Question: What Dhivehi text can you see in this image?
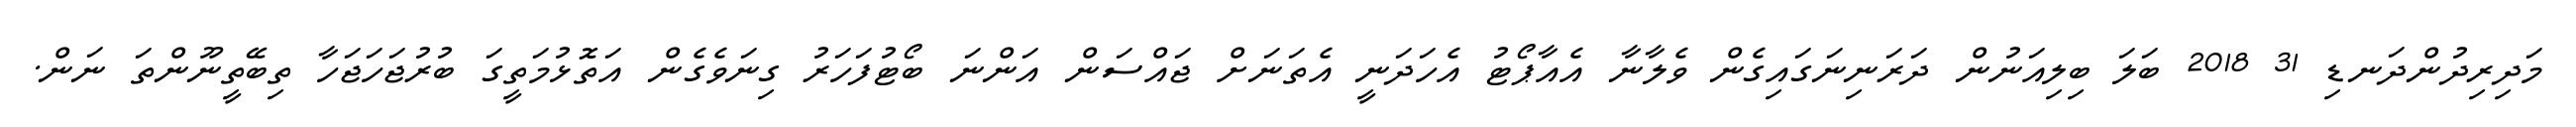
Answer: މަދިރިދުންދަނޑި 31 2018 ބަލަ ބިލިއަނުން ދަރަނިނަގައިގެން ވެލާނާ އެއާޕޯޓު އެހަދަނީ އެތަނަށް ޖައްސަން އަންނަ ބޯޓުފަހަރު ގިނަވެގެން އަތޮޅުމަތީގަ ބުރުޖަހަޖަހާ ތިބޭތީނޫންތަ ނަން.